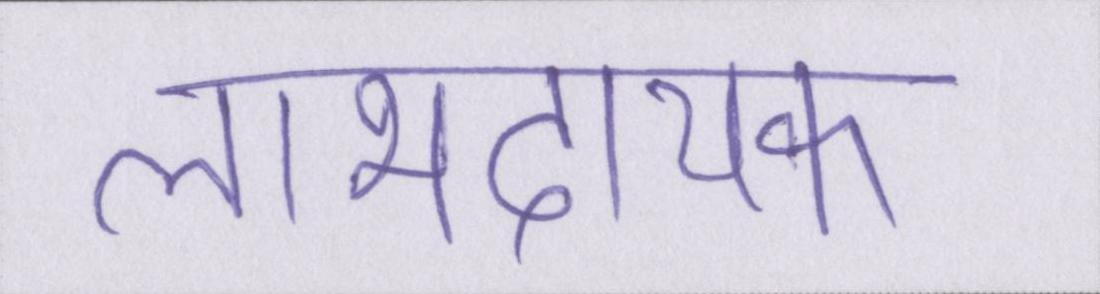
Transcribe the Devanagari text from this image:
लाभदायक